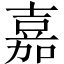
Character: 嘉